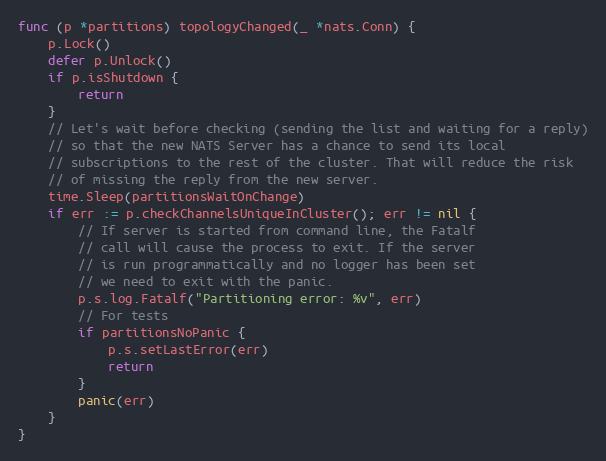
Language: Go
func (p *partitions) topologyChanged(_ *nats.Conn) {
	p.Lock()
	defer p.Unlock()
	if p.isShutdown {
		return
	}
	// Let's wait before checking (sending the list and waiting for a reply)
	// so that the new NATS Server has a chance to send its local
	// subscriptions to the rest of the cluster. That will reduce the risk
	// of missing the reply from the new server.
	time.Sleep(partitionsWaitOnChange)
	if err := p.checkChannelsUniqueInCluster(); err != nil {
		// If server is started from command line, the Fatalf
		// call will cause the process to exit. If the server
		// is run programmatically and no logger has been set
		// we need to exit with the panic.
		p.s.log.Fatalf("Partitioning error: %v", err)
		// For tests
		if partitionsNoPanic {
			p.s.setLastError(err)
			return
		}
		panic(err)
	}
}